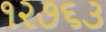
૧૨૭૬૩